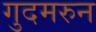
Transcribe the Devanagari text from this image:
गुदमरुन